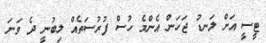
ޓީސީ އަށް ލަނޑު ޖަހަން އެންމެ ހުސް ފުރުސަތެއް ލިބުނީ ދެ ވަނަ